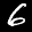
Label: 6